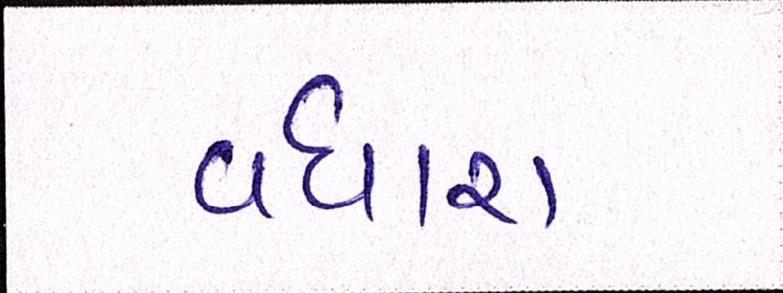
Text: વધારા